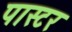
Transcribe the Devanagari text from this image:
पास्‍टर